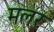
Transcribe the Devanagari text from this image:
मलर